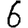
Digit: 6